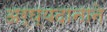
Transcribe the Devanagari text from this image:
अर्घ्यदानाने